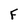
Character: F